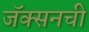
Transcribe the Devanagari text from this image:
जॅक्सनची